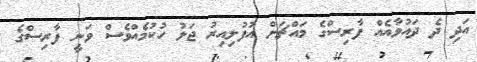
އަދި ދެ ދައުވާއެއް ފާރިސްގެ މައްޗަށް އުފުލިއިރު ޖަލު ހުކުމެއްވެސް ވަނީ ފާރިސްގެ